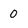
Character: 0